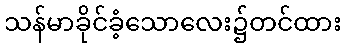
သန်မာခိုင်ခံ့သောလေး၌တင်ထား